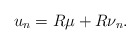
\begin{align*}u_n=R\mu+R\nu_n.\end{align*}